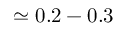
\simeq 0 . 2 - 0 . 3 \